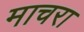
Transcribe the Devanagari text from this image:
माचरा